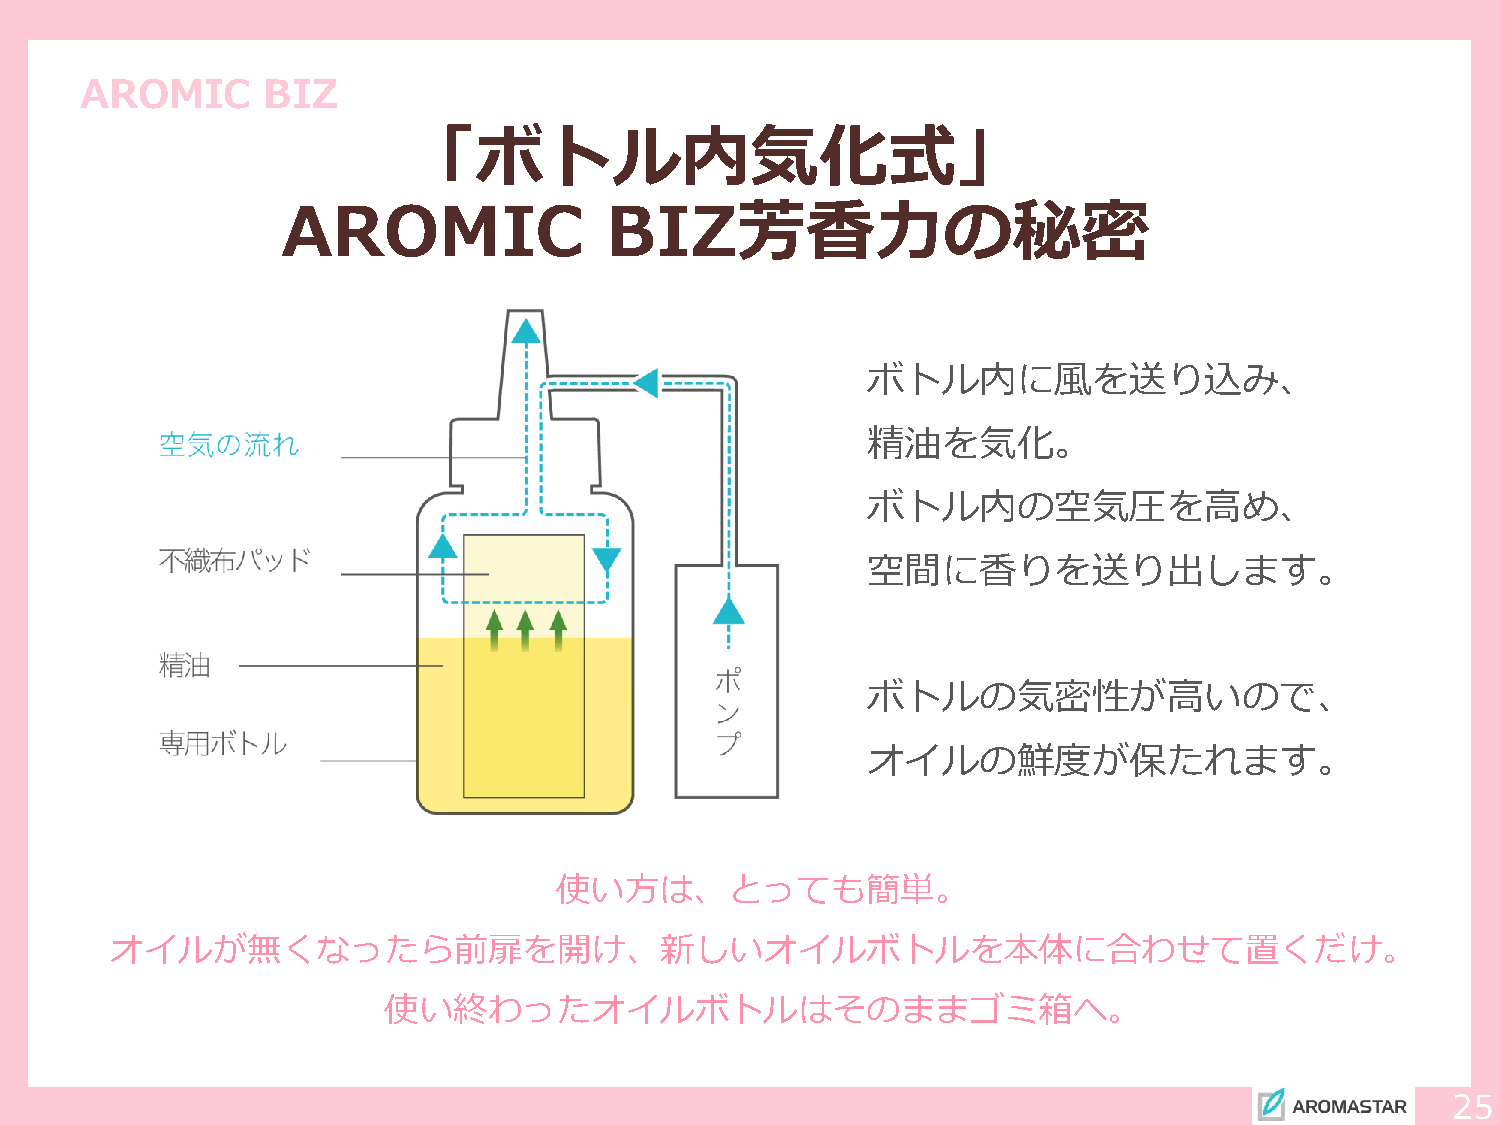
AROMIC      BIZ
 「ボトル内気化式」
 AROMIC               BIZ芳香力の秘密
 ボトル内に風を送り込み、
 精油を気化。
 ボトル内の空気圧を高め、
 空間に香りを送り出します。
 ボトルの気密性が高いので、
 オイルの鮮度が保たれます。
 使い方は、とっても簡単。
 オイルが無くなったら前扉を開け、新しいオイルボトルを本体に合わせて置くだけ。
 使い終わったオイルボトルはそのままゴミ箱へ。
 25